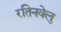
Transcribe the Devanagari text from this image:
रतिनवेलु